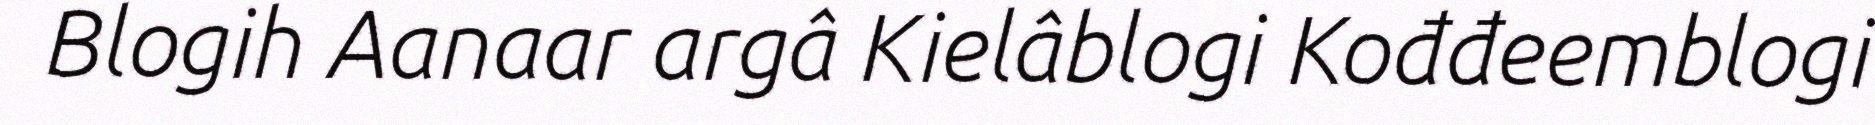
Blogih Aanaar argâ Kielâblogi Kođđeemblogi